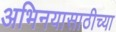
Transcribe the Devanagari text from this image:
अभिनयासाठीच्या